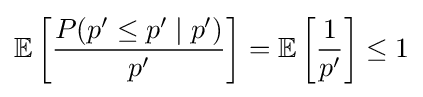
\mathbb {E} \left[{\frac {P(p^{\prime }\leq p^{\prime }\mid p^{\prime })}{p^{\prime }}}\right]=\mathbb {E} \left[{\frac {1}{p^{\prime }}}\right]\leq 1